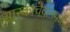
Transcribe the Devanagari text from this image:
सास्काचेवानमधील